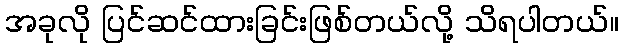
အခုလို ပြင်ဆင်ထားခြင်းဖြစ်တယ်လို့ သိရပါတယ်။